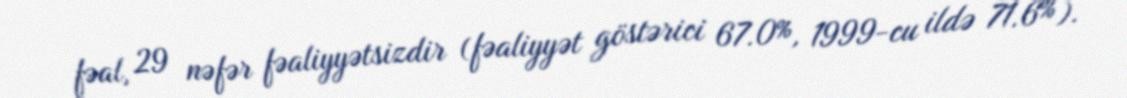
fəal, 29 nəfər fəaliyyətsizdir (fəaliyyət göstərici 67.0%, 1999-cu ildə 71.6%).